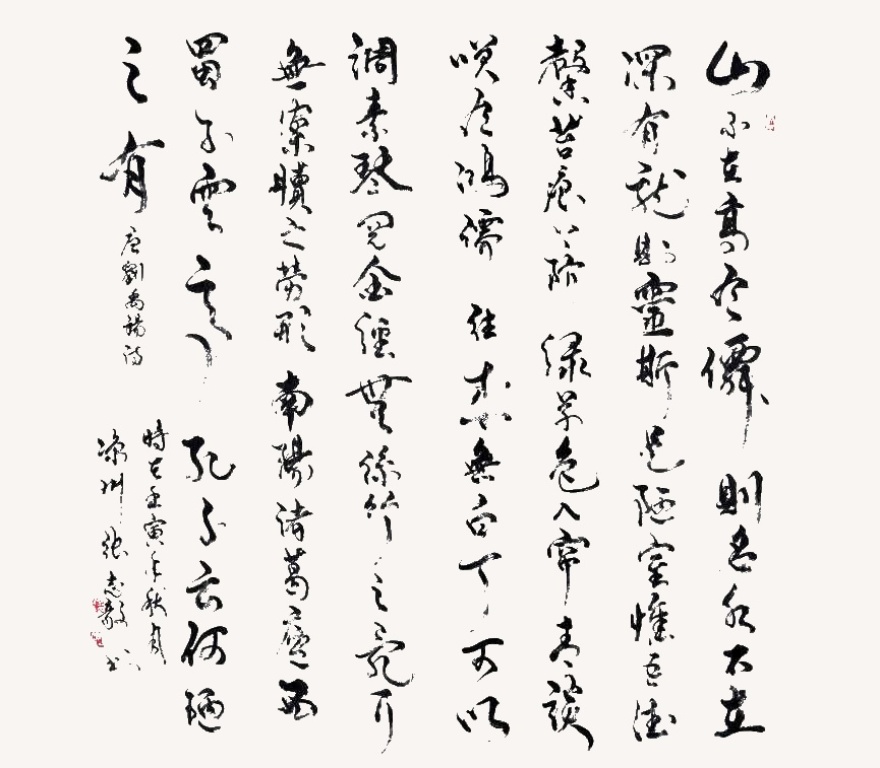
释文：山不在高，有仙则名。水不在深，有龙则灵。斯是陋室，惟吾德馨。苔痕上阶绿，草色入帘青。谈笑有鸿儒，往来无白丁。可以调素琴，阅金经。无丝竹之乱耳，无案牍之劳形。南阳诸葛庐，西蜀子云亭。孔子云：何陋之有？张志毅